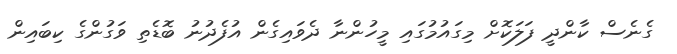
ގެނެސް ކާންދީ ފަލަކޮށް މިގައުމުގައި މީހުންނާ ދެވައިގެން އުފެދުނު ބޮޑެތި ވަގުންގެ ކިބައިން